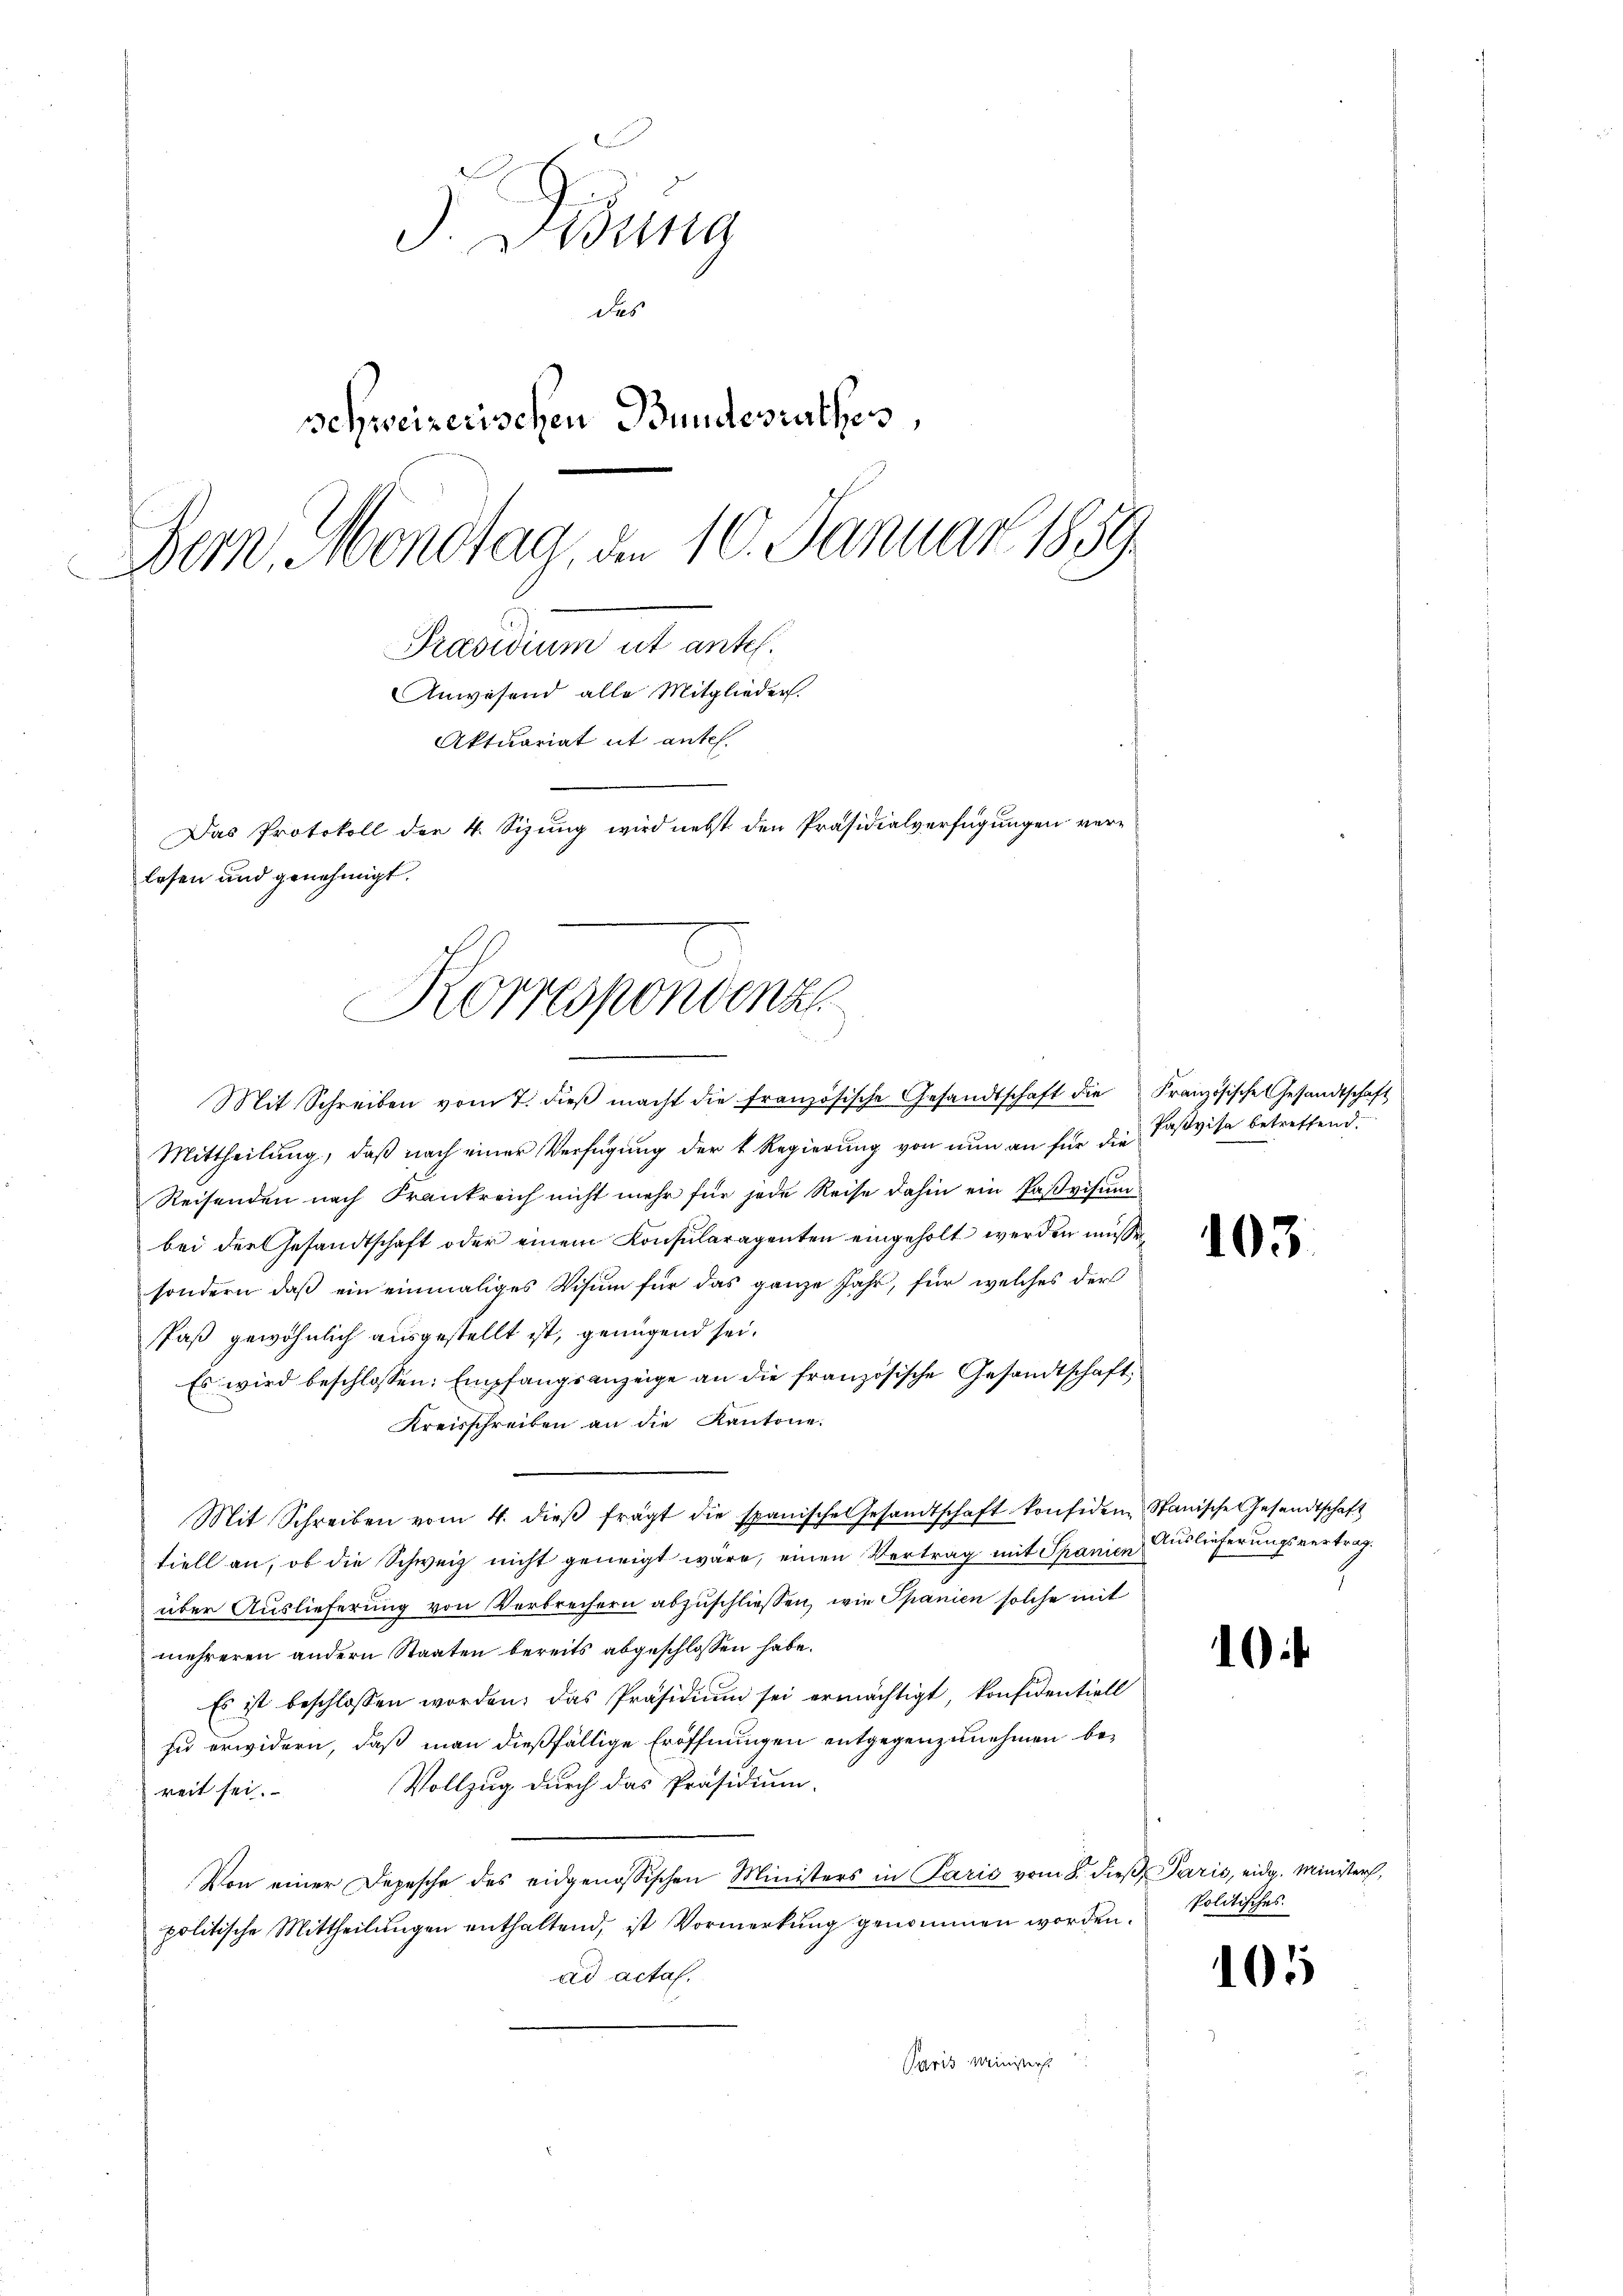
J. Didung
des
schweizerischen Bundesrathes,
Bern, Mondtag, am 10. Januar 1859

Präsidium ut antel.
Anwesend alle Mitglieder.
Aktuariat ut antel.
Das Protokoll der 4. Sizung wird nebst den Präsidialverfügungen verlesen und genehmigt.
Korrespondenz

Mit Schreiben vom 7. dieβ macht die französische Gesandtschaft die Französische Gesandtschaft
Mittheilung, daß nach einer Verfügung der k. Regierung von nun an für die Pastvisa betreffend
Reisenden nach Frankreich nicht mehr für jede Reise dahin ein Paßvisum
bei der Gesandtschaft oder einem Konsularagenten eingeholt werden müsse
sondern, daß ein einmaliges Visum für das ganze Jahr, für welches der
Paß gewöhnlich ausgestellt ist, genügend sei.
Es wird beschlossen: Empfangsanzeige an die französische Gesandtschaft,
Kreisschreiben an die Kantone.
Mit Schreiben vom 4. dieβ frägt die spanische Gesandtschaft konsiden Stanische Gesandtschaft
tiell an, ob die Schweiz nicht geneigt wäre, einen Vertrag mit Spanien Auslieferungsvertrag.
über Auslieferung von Verbrechern abzuschliessen, wie Spanien solche mit
mehreren andern Staaten bereits abgeschlossen habe.
Es ist beschlossen worden, das Präsidiŭm sei ermächtigt, konfidentiell
zu erwidern, daß man dießfällige Eröffnungen entgegenzunehmen be¬
Vollzug durch das Präsidium.
reit sei.
Von einer Depesche des eidgenössischen Ministers in Paris vom 8. dieβ Paris, eidg. Minister,
politische Mittheilungen enthaltend, ist Vormerkung genommen worden.
ad acta.
Paris Minister

103

.

Politisches.

105